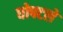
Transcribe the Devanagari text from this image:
धोपटले